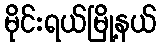
မိုင်းရယ်မြို့နယ်